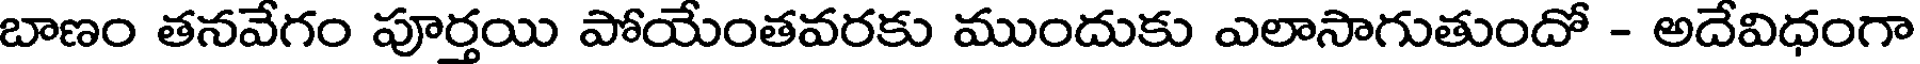
బాణం తనవేగం పూర్తయి పోయేంతవరకు ముందుకు ఎలాసాగుతుందో - అదేవిధంగా